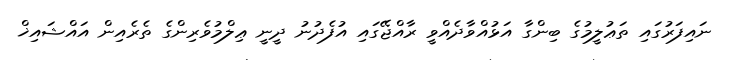
ނައިފަރުގައި ތަޢުލީމުގެ ބިންގާ އަޅުއްވާދެއްވީ ރާއްޖޭގައި އުފެދުނު ދީނީ ޢިލްމުވެރިންގެ ތެރެއިން އައްޝައިޚް